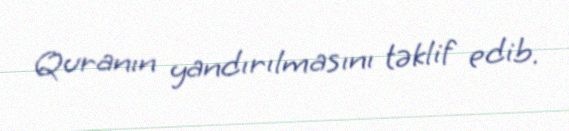
Quranın yandırılmasını təklif edib.